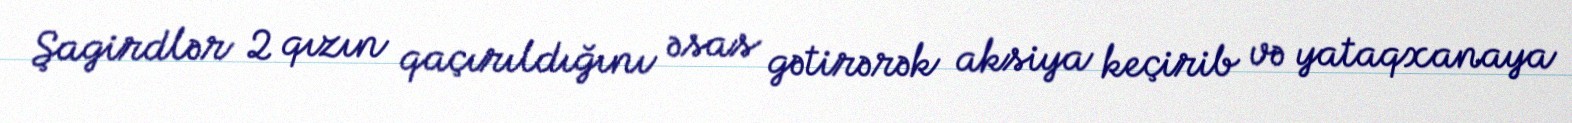
Şagirdlər 2 qızın qaçırıldığını əsas gətirərək aksiya keçirib və yataqxanaya